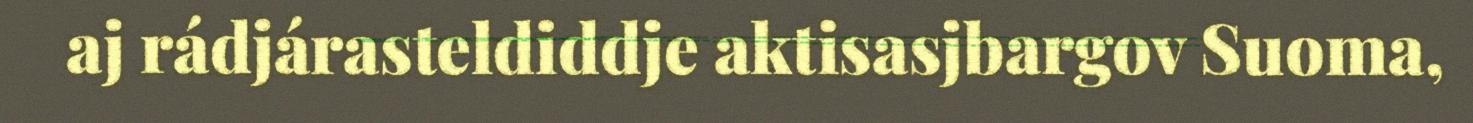
aj rádjárasteldiddje aktisasjbargov Suoma,